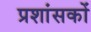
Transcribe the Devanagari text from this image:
प्रशांसकों